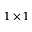
1 \times 1